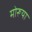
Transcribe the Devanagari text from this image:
मोरूया